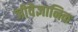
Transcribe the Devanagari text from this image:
जीवैज्ञानिक